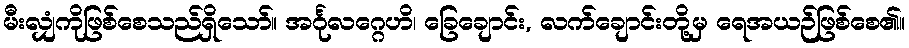
မီးလျှံကိုဖြစ်စေသည်ရှိသော်။ အင်္ဂုလဂ္ဂေဟိ၊ ခြေချောင်း, လက်ချောင်းတို့မှ ရေအယဉ်ဖြစ်စေ၏။